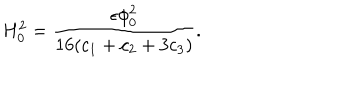
H _ { 0 } ^ { 2 } = { \frac { \epsilon \phi _ { 0 } ^ { 2 } } { 1 6 ( c _ { 1 } + c _ { 2 } + 3 c _ { 3 } ) } } .